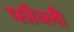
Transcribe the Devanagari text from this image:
फौव्ली